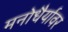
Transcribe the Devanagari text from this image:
मनोधैर्यावर